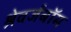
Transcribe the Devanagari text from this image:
श्रेवर्जबॉम